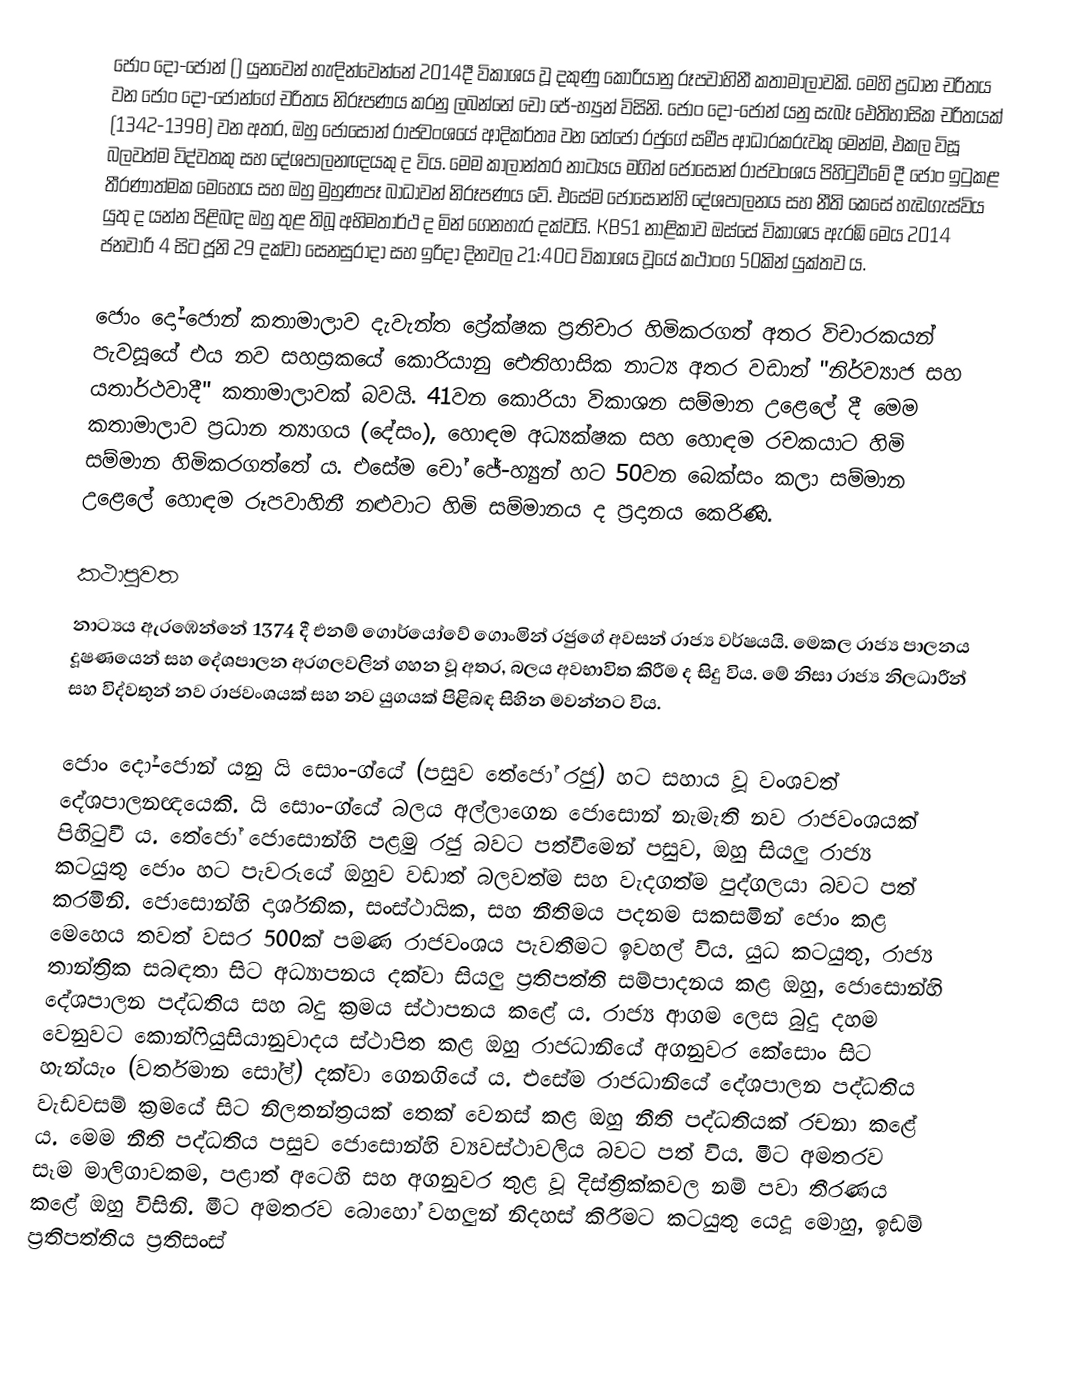
ජොං දෝ-ජොන් () යුනවෙන් හැඳින්වෙන්නේ 2014දී විකාශය වූ දකුණු කොරියානු රූපවාහිනී කතාමාලාවකි. මෙහි ප්‍රධාන චරිතය වන ජොං දෝ-ජොන්ගේ චරිතය නිරූපණය කරනු ලබන්නේ චෝ ජේ-හ්‍යුන් විසිනි. ජොං දෝ-ජොන් යනු සැබෑ ඓතිහාසික චරිතයක් (1342-1398) වන අතර, ඔහු ජොසොන් රාජවංශයේ ආදිකර්තෘ වන තේජෝ රජුගේ සමීප ආධාරකරුවකු මෙන්ම, එකල විසූ බලවත්ම විද්වතකු සහ දේශපාලනඥයකු ද විය. මෙම කාලාන්තර නාට්‍යය මගින් ජොසොන් රාජවංශය පිහිටුවීමේ දී ජොං ඉටුකළ තීරණාත්මක මෙහෙය සහ ඔහු මුහුණපෑ බාධාවන් නිරූපණය වේ. එසේම ජොසොන්හි දේශපාලනය සහ නීති කෙසේ හැඩගැස්විය යුතු ද යන්න පිළිබඳ ඔහු තුළ තිබූ අභිමතාර්ථ ද මින් ගෙනහැර දක්වයි. KBS1 නාළිකාව ඔස්සේ විකාශය ඇරඹි මෙය 2014 ජනවාරි 4 සිට ජූනි 29 දක්වා සෙනසුරාදා සහ ඉරිදා දිනවල 21:40ට විකාශය වූයේ කථාංග 50කින් යුක්තව ය.

ජොං දෝ-ජොන් කතාමාලාව දැවැන්ත ප්‍රේක්ෂක ප්‍රතිචාර හිමිකරගත් අතර විචාරකයන් පැවසූයේ එය නව සහස්‍රකයේ කොරියානු ඓතිහාසික නාට්‍ය අතර වඩාත් "නිර්ව්‍යාජ සහ යතාර්ථවාදී" කතාමාලාවක් බවයි. 41වන කොරියා විකාශන සම්මාන උළෙලේ දී මෙම කතාමාලාව ප්‍රධාන ත්‍යාගය (දේසං), හොඳම අධ්‍යක්ෂක සහ හොඳම රචකයාට හිමි සම්මාන හිමිකරගත්තේ ය. එසේම ‍චෝ ජේ-හ්‍යුන් හට 50වන බෙක්සං කලා සම්මාන උළෙලේ හොඳම රූපවාහිනී නළුවාට හිමි සම්මානය ද ප්‍රදානය කෙරිණි.

කථාපුවත
නාට්‍යය ඇරඹෙන්නේ 1374 දී එනම් ගොර්යෝවේ ගොංමින් රජුගේ අවසන් රාජ්‍ය වර්ෂයයි. මෙකල රාජ්‍ය පාලනය දූෂණයෙන් සහ දේශපාලන අරගලවලින් ගහන වූ අතර, ‍බලය අවභාවිත කිරීම ද සිදු විය. මේ නිසා රාජ්‍ය නිලධාරීන් සහ විද්වතුන් නව රාජවංශයක් සහ නව යුගයක් පිළිබඳ සිහින මවන්නට විය.

ජොං දෝ-ජොන් යනු යි සොං-ග්යේ (පසුව තේජෝ රජු) හට සහාය වූ වංශවත් දේශපාලනඥයෙකි. යි සොං-‍ග්යේ බලය අල්ලාගෙන ජොසොන් නැමැති නව රාජවංශයක් පිහිටුවී ය. තේජෝ ජොසොන්හි පළමු රජු බවට පත්වීමෙන් පසුව, ඔහු සියලු රාජ්‍ය කටයුතු ජොං හට පැවරූයේ ඔහුව වඩාත් බලවත්ම සහ වැදගත්ම පුද්ගලයා බවට පත් කරමිනි. ජොසොන්හි දාර්ශනික, සංස්ථායික, සහ නීතිමය පදනම සකසමින් ජොං කළ මෙහෙය තවත් වසර 500ක් පමණ රාජවංශය පැවතීමට ඉවහල් විය. යුධ කටයුතු, රාජ්‍ය තාන්ත්‍රික සබඳතා සිට අධ්‍යාපනය දක්වා සියලු ප්‍රතිපත්ති සම්පාදනය කළ ඔහු, ජොසොන්හි දේශපාලන පද්ධතිය සහ බදු ක්‍රමය ස්ථාපනය කළේ ය. රාජ්‍ය ආගම ලෙස බුදු දහම වෙනුවට කොන්ෆියුසියානුවාදය ස්ථාපිත කළ ඔහු රාජධානියේ අගනුවර කේසොං සිට හැන්යැං (වර්තමාන සෝල්) දක්වා ගෙනගියේ ය. එසේම රාජධානියේ දේශපාලන පද්ධතිය වැඩවසම් ක්‍ර‍මයේ සිට නිලතන්ත්‍රයක් තෙක් වෙනස් කළ ඔහු නීති පද්ධතියක් රචනා කළේ ය. මෙම නීති පද්ධතිය පසුව ජොසොන්හි ව්‍යවස්ථාවලිය බවට පත් විය. මීට අමතරව සෑම මාලිගාවකම, පළාත් අටෙහි සහ අගනුවර තුළ වූ දිස්ත්‍රික්කවල නම් පවා තීරණය කළේ ඔහු විසිනි. මීට අමතරව බොහෝ වහලුන් නිදහස් කිරීමට කටයුතු යෙදූ මොහු, ඉඩම් ප්‍රතිපත්තිය ප්‍රතිසංස්